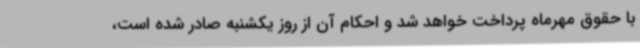
با حقوق مهرماه پرداخت خواهد شد و احکام آن از روز یکشنبه صادر شده است،